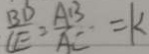
\frac { B D } { C E } = \frac { A B } { A C } = k